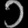
Digit: ၁